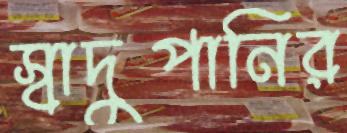
স্বাদুপানির